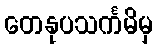
တေနုပသင်္ကမိမှ